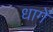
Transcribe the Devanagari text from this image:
धागें